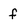
Character: f